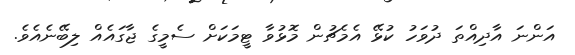
އަންނަ އާދިއްތަ ދުވަހު ކުޅޭ އެމެޗުން މޮޅުވާ ޓީމަކަށް ސެމީގެ ޖާގައެއް ލިބޭނެއެވެ.